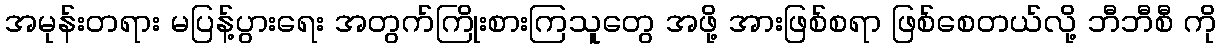
အမုန်းတရား မပြန့်ပွားရေး အတွက်ကြိုးစားကြသူတွေ အဖို့ အားဖြစ်စရာ ဖြစ်စေတယ်လို့ ဘီဘီစီ ကို